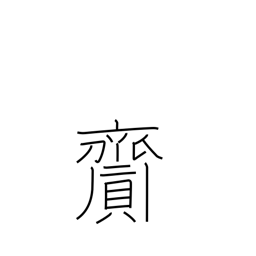
Meaning: bring about